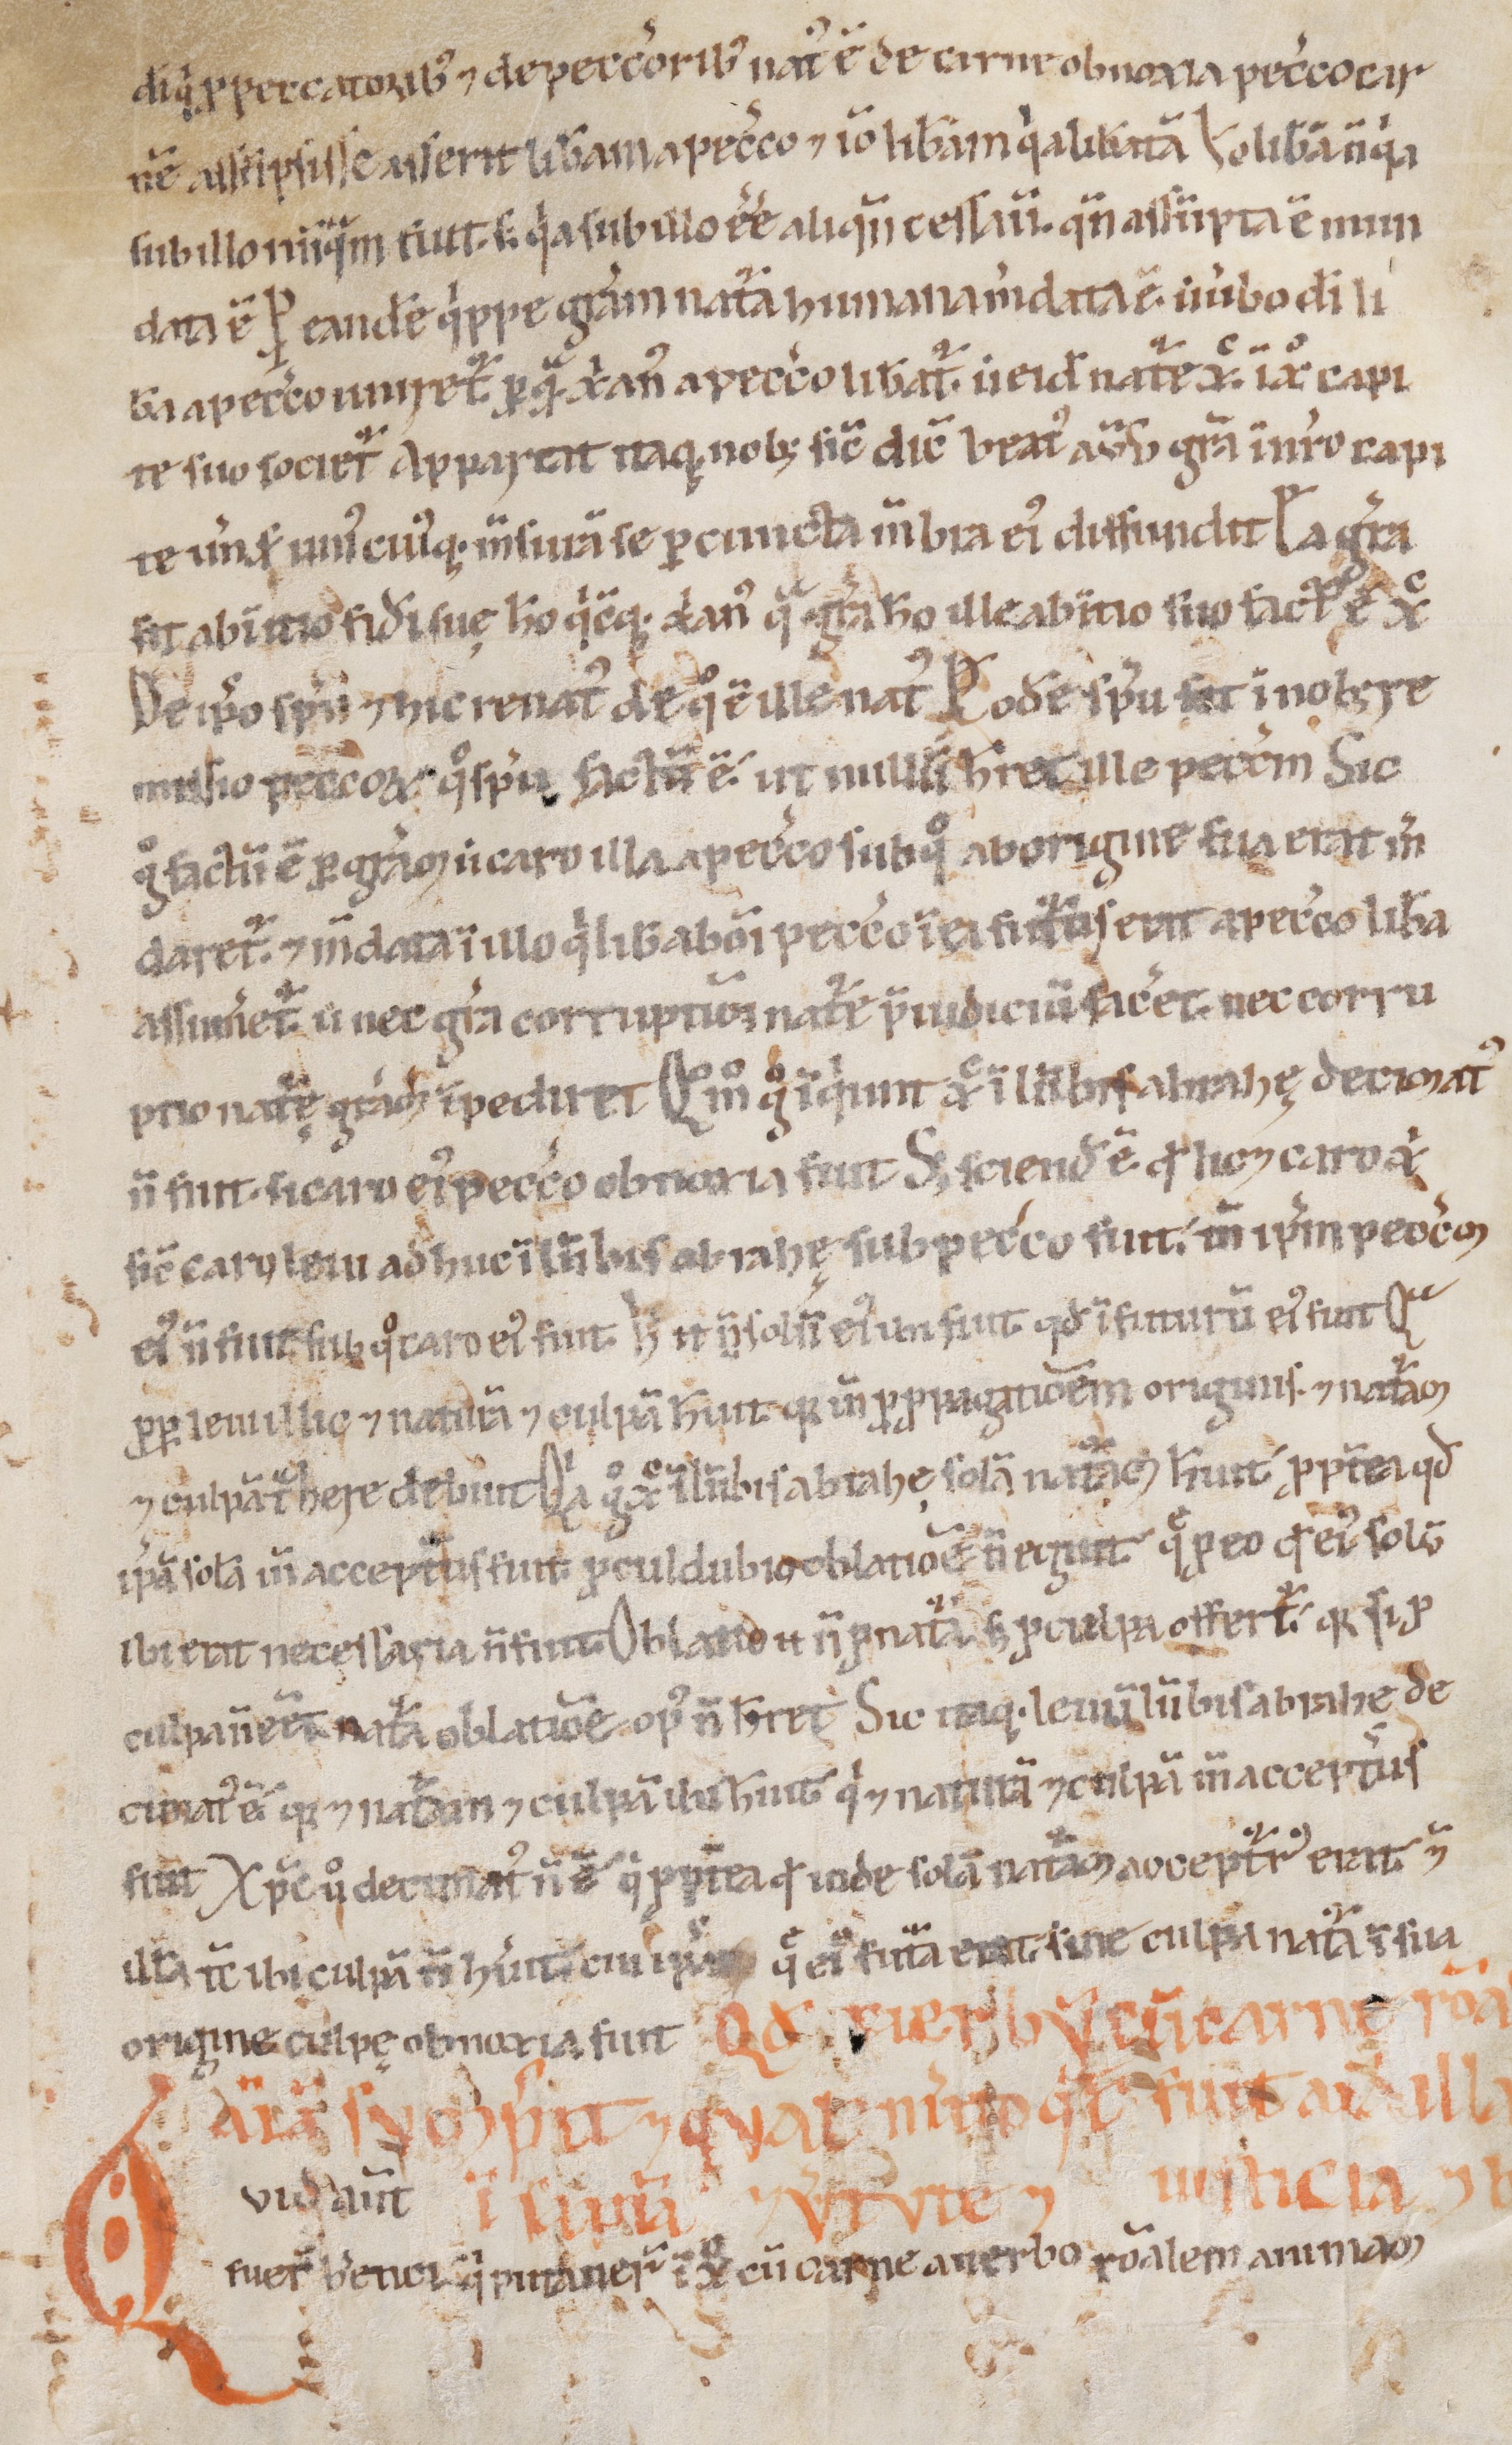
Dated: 1100–1199